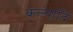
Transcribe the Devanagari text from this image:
कल्पादि